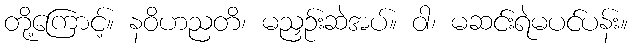
တို့ကြောင့်။ နဝိဟညတိ၊ မညှဉ်းဆဲအပ်။ ဝါ၊ မဆင်းရဲမပင်ပန်း။